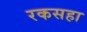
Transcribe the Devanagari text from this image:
रकसहा